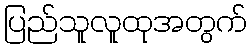
ပြည်သူလူထုအတွက်